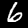
Digit: 6